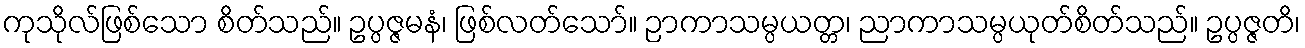
ကုသိုလ်ဖြစ်သော စိတ်သည်။ ဥပ္ပဇ္ဇမနံ၊ ဖြစ်လတ်သော်။ ဉာကာသမ္ပယတ္တ၊ ညာကာသမ္ပယုတ်စိတ်သည်။ ဥပ္ပဇ္ဇတိ၊